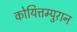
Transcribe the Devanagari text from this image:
कोयित्तम्पुरान